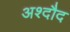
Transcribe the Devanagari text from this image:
अश्दौद